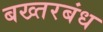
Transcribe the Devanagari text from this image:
बख्तरबंध